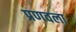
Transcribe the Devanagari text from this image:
प्रणवला